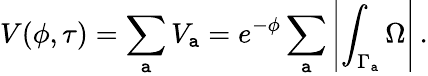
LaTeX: V(\phi,\tau)=\sum_{\mathtt{a}}V_{\mathtt{a}}=e^{-\phi}\sum_{\mathtt{a}}\left|\int_{\Gamma_{\mathtt{a}}}\Omega\right|\, .